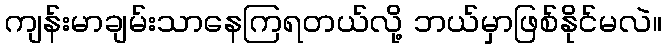
ကျန်းမာချမ်းသာနေကြရတယ်လို့ ဘယ်မှာဖြစ်နိုင်မလဲ။